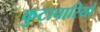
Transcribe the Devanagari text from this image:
कुटाचारियों